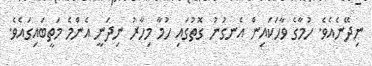
ނިދޭނެއެވެ. ހުމާގެ ވާހަކައިން އެނގުނު ގޮތުގައި ހުމާ މިހާރު ނިދަނީ އެންމެ މަތީބައިގައެވެ.